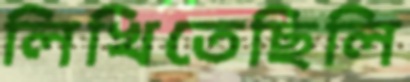
লিখিতেছিলি